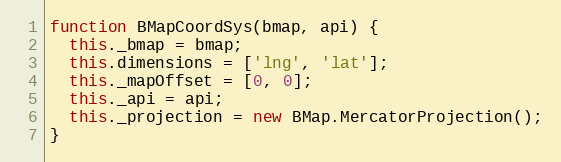
Language: JavaScript
function BMapCoordSys(bmap, api) {
  this._bmap = bmap;
  this.dimensions = ['lng', 'lat'];
  this._mapOffset = [0, 0];
  this._api = api;
  this._projection = new BMap.MercatorProjection();
}